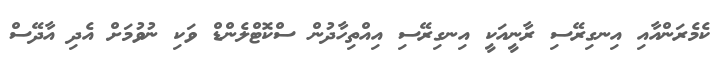
ކެމެރަންއާއި އިނގިރޭސި ރާނީއަކީ އިނގިރޭސި އިއްތިހާދުން ސްކޮޓްލެންޑް ވަކި ނުވުމަށް އެދި އާދޭސް